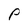
Character: P